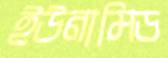
ইউনামিড